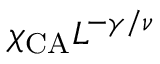
\chi _ { \mathrm { C A } } L ^ { - \gamma / \nu }